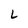
Character: L